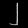
Digit: ၂